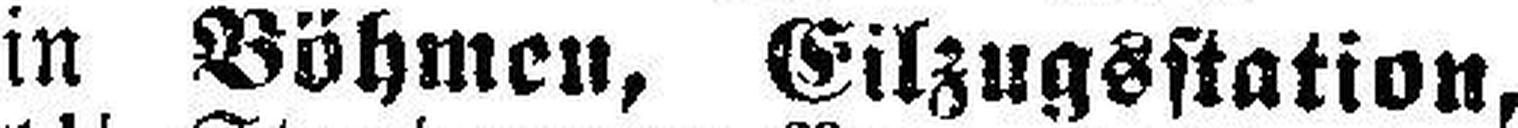
in Böhmen, Eilzugsstation,